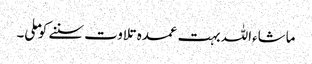
ماشاءاللہ بہت عمدہ تلاوت سننے کو ملی۔